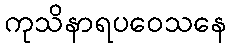
ကုသိနာရပဝေသနေ